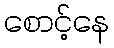
စောင့်နေ